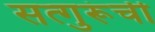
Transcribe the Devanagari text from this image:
सत्गुरूंची